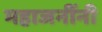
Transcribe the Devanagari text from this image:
महाजनींनी